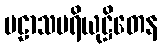
ပဠာသပရိယုဋ္ဌိတေန